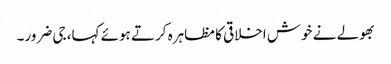
بھولے نے خوش اخلاقی کا مظاہرہ کرتے ہوئے کہا، جی ضرور۔